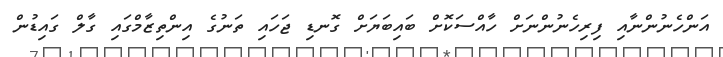
އަންހެނުންނާއި ފިރިހެނުންނަށް ހާއްސަކޮށް ބައިބަޔަށް ގޮނޑި ޖަހައި ތަނުގެ އިންތިޒާމްގައި ގާލް ގައިޑުން